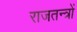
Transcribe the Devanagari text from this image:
राजतन्त्रों